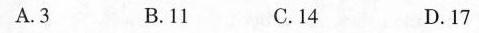
A.3B.11C.14D.17